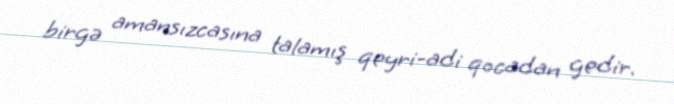
birgə amansızcasına talamış qeyri-adi qocadan gedir.